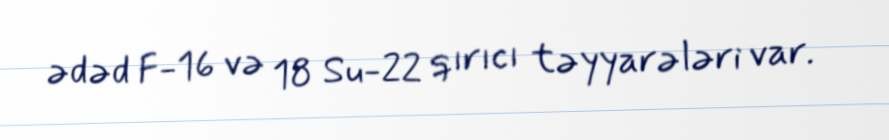
ədəd F-16 və 18 Su-22 qırıcı təyyarələri var.